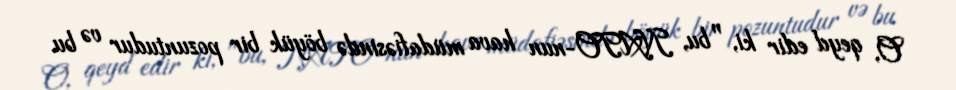
O, qeyd edir ki, "bu, NATO-nun hava müdafiəsində böyük bir pozuntudur və bu